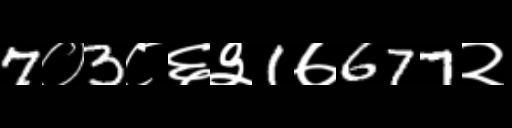
Text: 7०3८६३1७677२